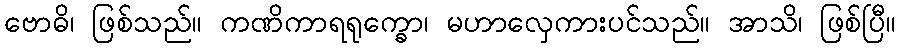
ဗောဓိ၊ ဖြစ်သည်။ ကဏိကာရရုက္ခော၊ မဟာလှေကားပင်သည်။ အာသိ၊ ဖြစ်ပြီ။